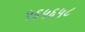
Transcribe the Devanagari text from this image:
५६५६५८